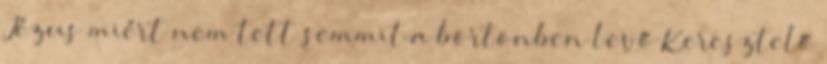
Jézus miért nem tett semmit a börtönben levő Keresztelő